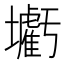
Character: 𡓰